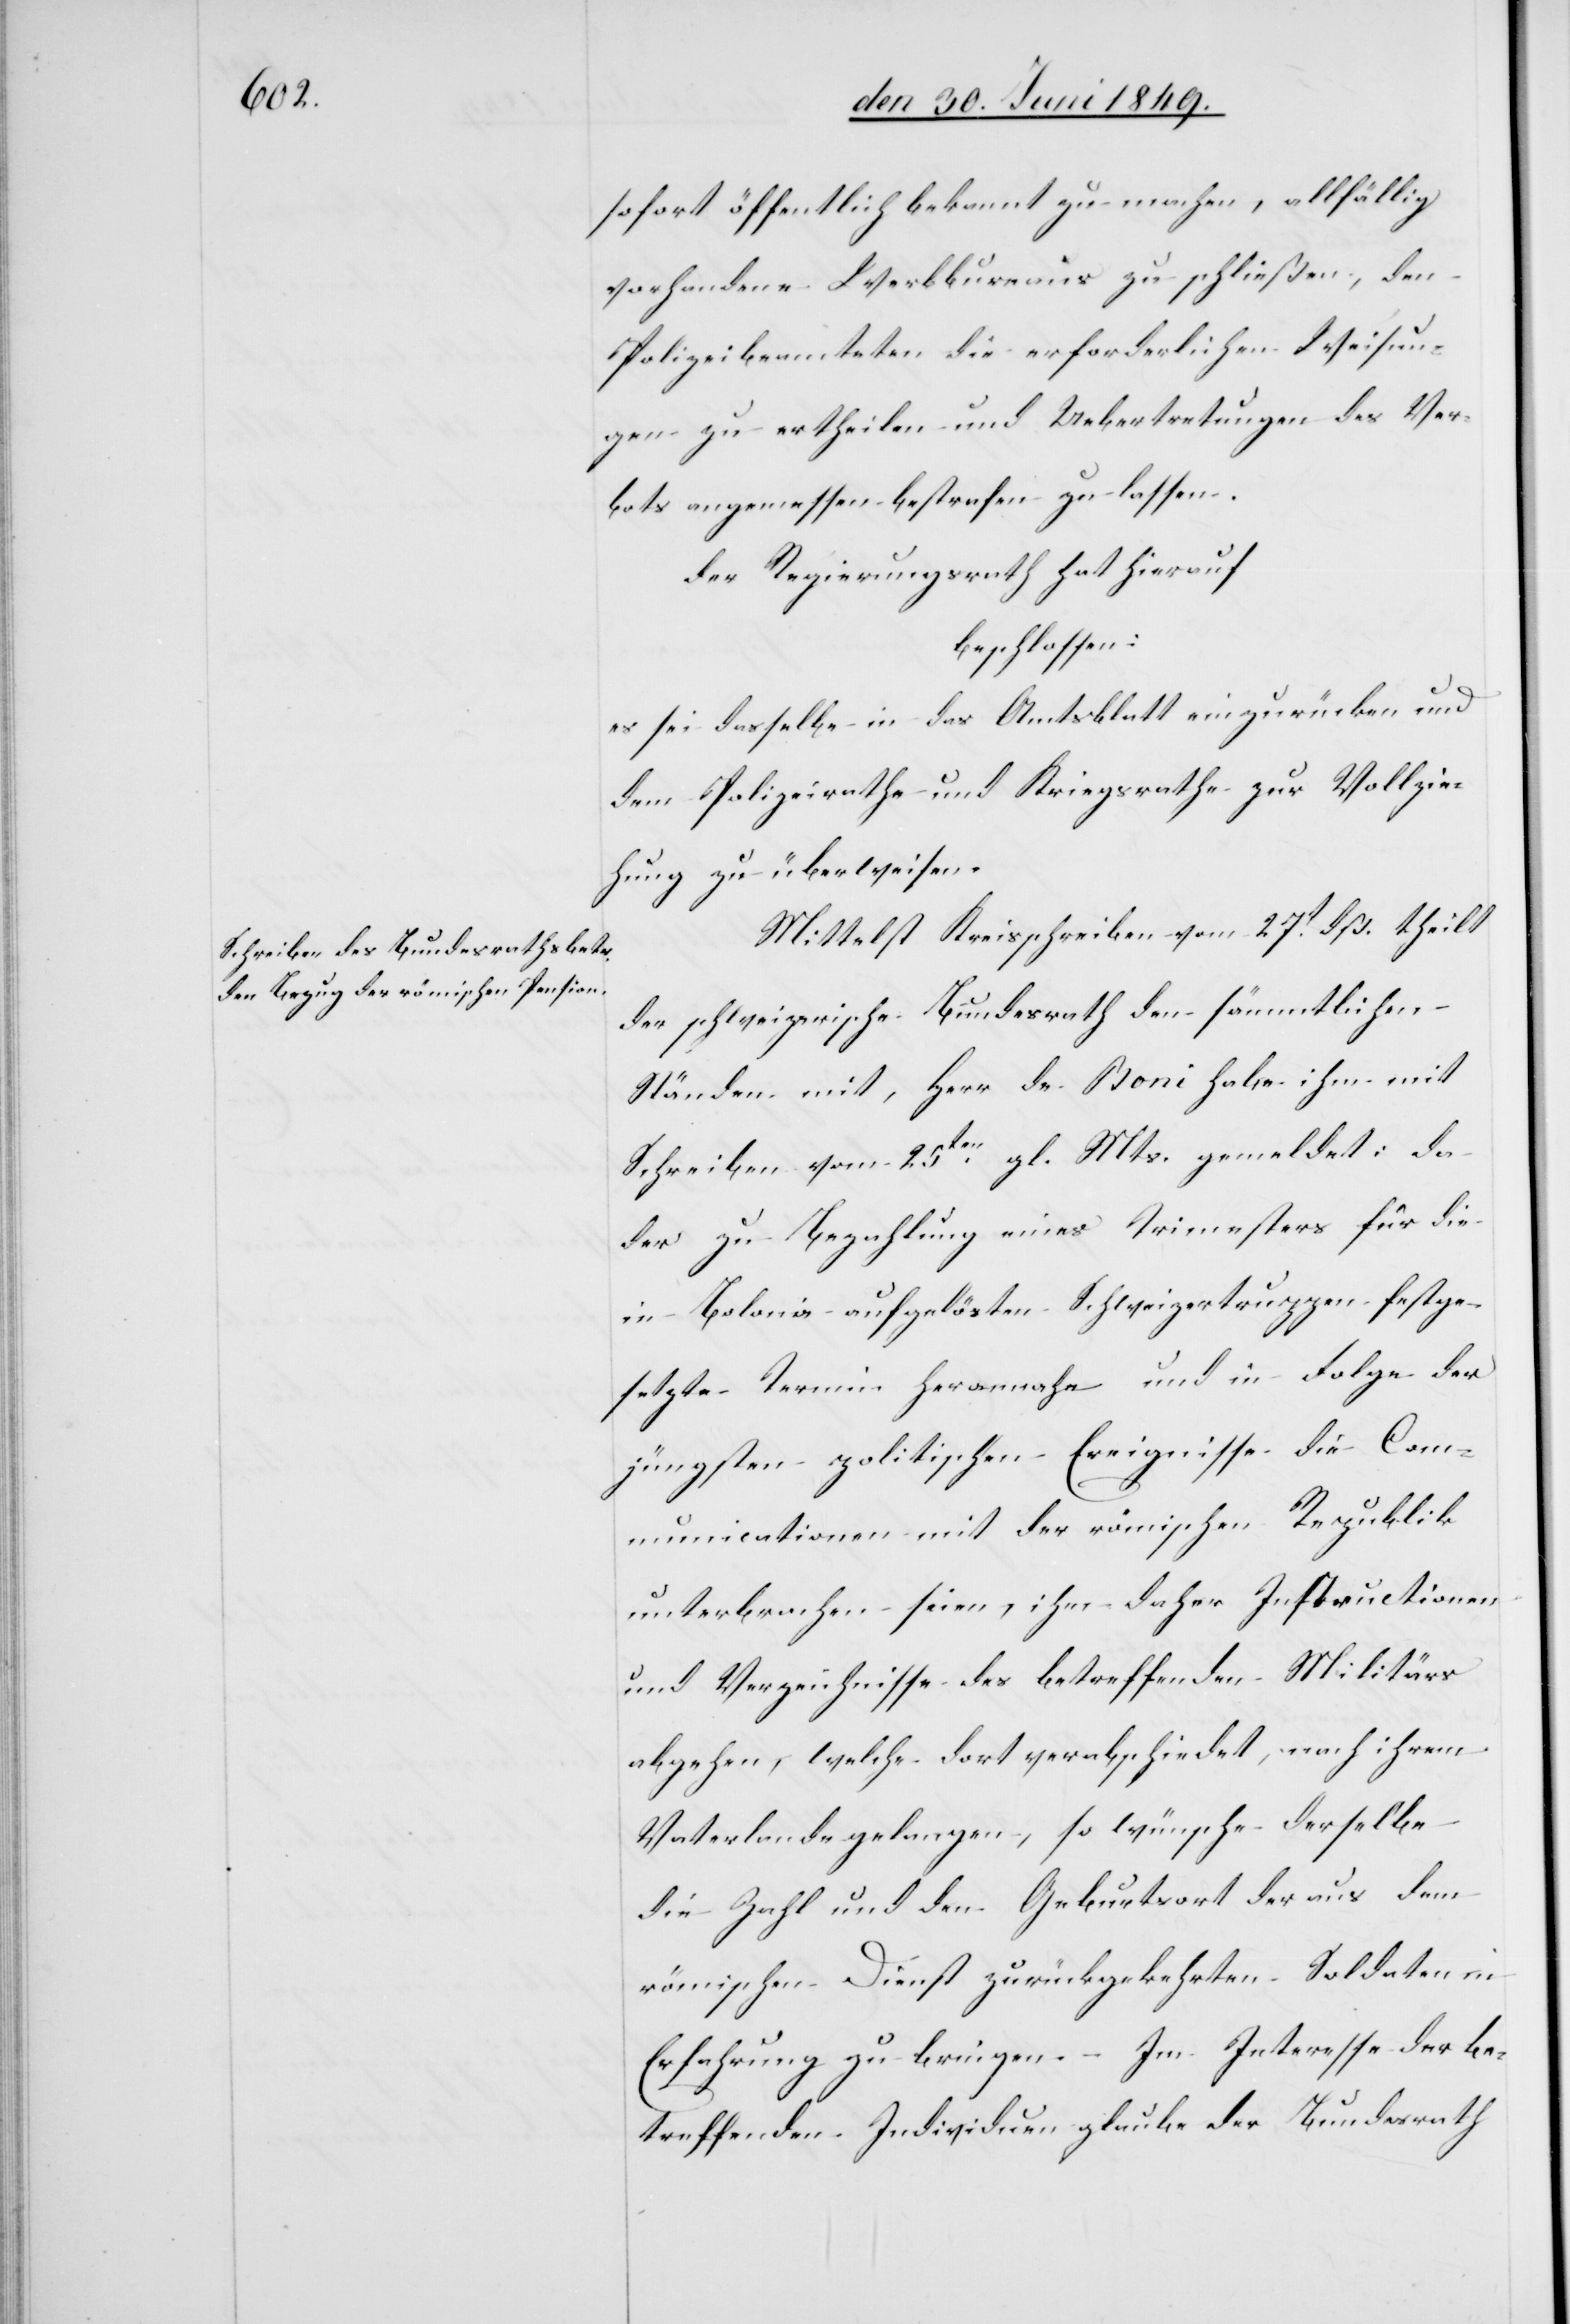
sofort öffentlich bekannt zu machen, allfällig
vorhandene Werbbureaus zu schließen, den
Polizeibeamteten die erforderlichen Weisun¬
gen zu ertheilen und Uebertretungen des Ver¬
bots angemessen bestrafen zu lassen.
Der Regierungsrath hat hierauf
beschlossen:
es sei dasselbe in das Amtsblatt einzurücken und
dem Polizeirathe und Kriegsrathe zur Vollzie¬
hung zu überweisen.
Mittelst Kreisschreiben vom 27t dß. theilt
der schweizerische Bundesrath den sämmtlichen
Ständen mit, Herr de Boni habe ihm mit
Schreiben vom 25ten gl. Mts. gemeldet: da
der zu Bezahlung eines Trimesters für die
in Bolonia aufgelösten Schweizertruppen festge¬
setzte Termin herannahe und in Folge der
jüngsten politischen Ereignisse die Com¬
municationen mit der römischen Republik
unterbrochen seien, ihm daher Instructionen
und Verzeichnisse des betreffenden Militärs
abgehen, welche dort verabschiedet, nach ihrem
Vaterlande gelangen, so wünsche derselbe
die Zahl und den Geburtort der aus dem
römischen Dienst zurückgekehrten Soldaten in
Erfahrung zu bringen. – Im Interesse der be¬
treffenden Individuen glaube der Bundesrath